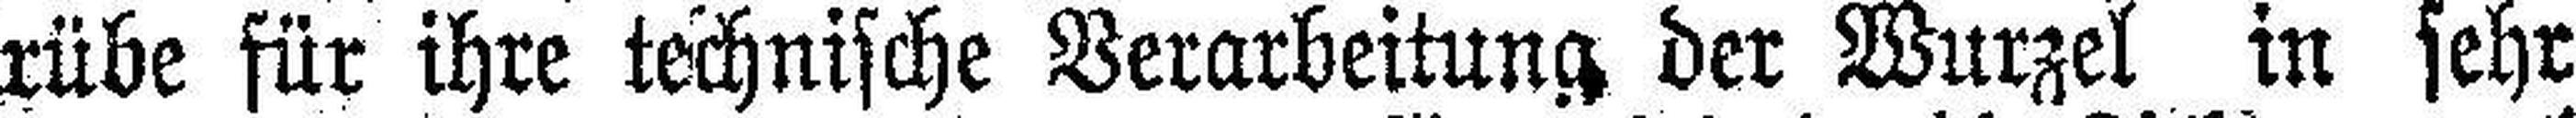
rübe für ihre technische Verarbeitung der Wurzel in sehr